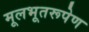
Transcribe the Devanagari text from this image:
मूलभूतरूपेण